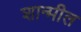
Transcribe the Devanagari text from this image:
शान्मील